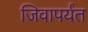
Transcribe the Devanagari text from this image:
जिवापर्यंत